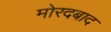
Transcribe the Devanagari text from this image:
मोरदबाद